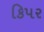
કિપર